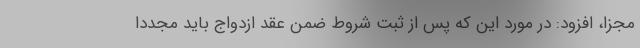
مجزا، افزود: در مورد این که پس از ثبت شروط ضمن عقد ازدواج باید مجددا